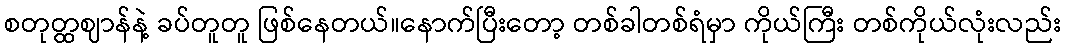
စတုတ္ထဈာန်နဲ့ ခပ်တူတူ ဖြစ်နေတယ်။နောက်ပြီးတော့ တစ်ခါတစ်ရံမှာ ကိုယ်ကြီး တစ်ကိုယ်လုံးလည်း